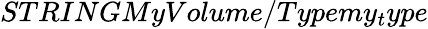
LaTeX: STRINGMyVolume/Typemy_{t}ype